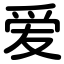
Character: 爱